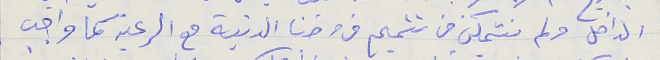
الداخل ولم نتمكن من تتميم فروضنا الدنية مع الرعية كما واجب